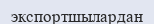
экспортшылардан